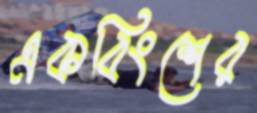
একবিংশের